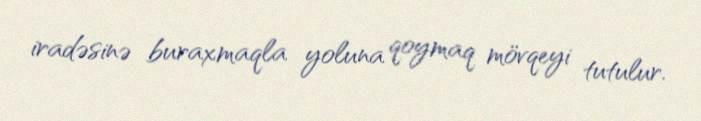
iradəsinə buraxmaqla yoluna qoymaq mövqeyi tutulur.